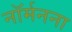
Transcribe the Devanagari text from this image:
नॉर्मनना